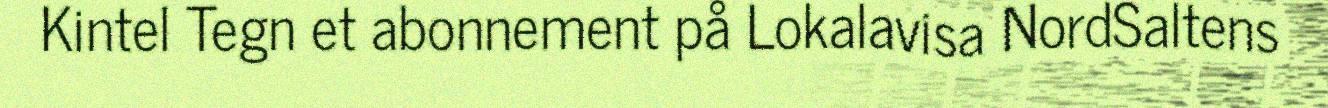
Kintel Tegn et abonnement på Lokalavisa NordSaltens